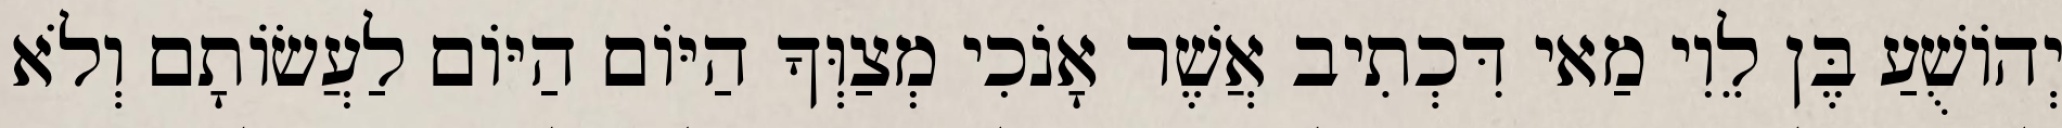
יְהוֹשֻׁעַ בֶּן לֵוִי מַאי דִּכְתִיב אֲשֶׁר אָנֹכִי מְצַוְּךָ הַיּוֹם הַיּוֹם לַעֲשׂוֹתָם וְלֹא